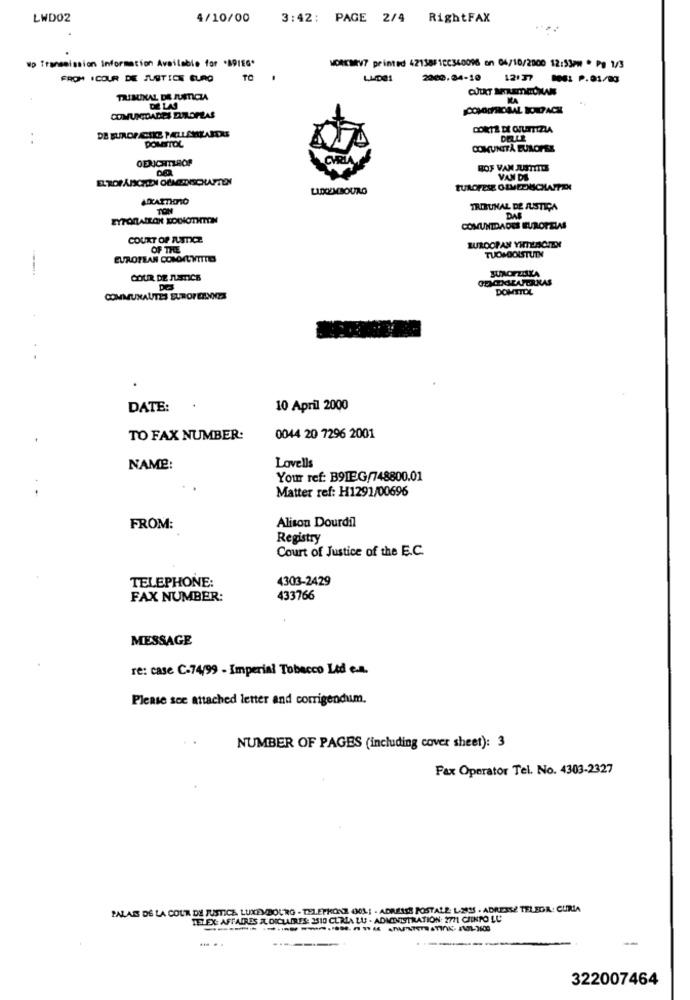
LWD02
4/10/00
3:42: PAGE 2/4 RightFAX
wp Transmission Information Available for .BDIEG*
WORKMV7 printed 42138818C360096 en 04/10/2000 12:53Pm * Pg 1/3
FROM ICOUR DE JUSTICE GURO
TO
LUDO1
2000.34-10
12:37
DO: P.01/83
TRIBUNAL DE JUSTICIA
DE LAS
COMUNIDADES DUROPLAS
CORTE DE GJUTTIZIA
POMATOL
DELLE
COMUNITÀ EUROPEE
HOF VAN JUSTITO
EL'ROF ANCHEN OEMGETNISCHAFTEN
VAN DE
LUXEMBOURG
EUROPESE OLMEDUCHAPTER
MATTINO
TON
TRIBUNAL DE JUSTIÇA
EYFORAILON SORNOTHTON
DAS
COMUNIDADES EUROPEIAS
COURT OF JUSTICE
EUROOPAN YIMUSCITOR
OF THE
EUROPEAN COMMUNTITES
TUOMOOUSTUTN
--
JUINOFZISKA
COUR DE JUSTICE
DOMSTOL
COMMUNAUTÉS EUROPEENNES
DATE:
10 April 2000
TO FAX NUMBER:
0044 20 7296 2001
Lovells
NAME:
Your ref: B9IEG/748800.01
Matter ref: H1291/00696
Alison Dourdil
FROM:
Registry
Court of Justice of the E.C.
TELEPHONE:
4303-2429
FAX NUMBER:
433766
MESSAGE
re: case C-74/99 - Imperial Tobacco Lid c.a.
Please see attached letter and corrigendum.
NUMBER OF PAGES (including cover sheet): 3
Fax Operator Tel. No. 4303-2327
PALAIS DE LA COUR DE JUSTICA LUXEMBOURG - TELEPHONE 00L: - ADRESSE POSTALE: L.2015 - ADRESSE TELEGA: CURIA
TEL DL AFFAIRES A DICLAIRES: 3510 CLRLA LU - ADMINISTRATION: 2771 CIINTO LU
322007464